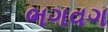
ભગવગ